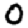
Digit: 0